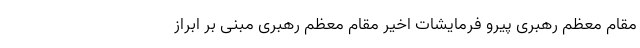
مقام معظم رهبری پیرو فرمایشات اخیر مقام معظم رهبری مبنی بر ابراز